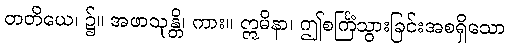
တတိယေ၊ ၌။ အဖာသုန္တိ၊ ကား။ ဣမိနာ၊ ဤစင်္ကြံသွားခြင်းအစရှိသော